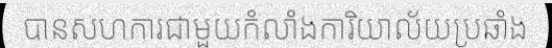
បានសហការជាមួយកំលាំងការិយាល័យប្រឆាំង